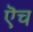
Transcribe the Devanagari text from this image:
ऎच